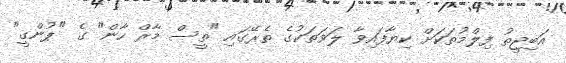
އަބިޖީތު ފިލްމުތަކަށް ކިޔާފައިވާ ލަވަތަކުގެ ތެރޭގައި "ތީސް މާރް ހާން" ގެ "ޕުންގީ"